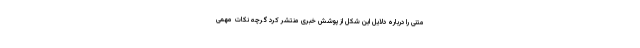
متنی را درباره دلایل این شکل از پوشش خبری منتشر کرد گرچه نکات مهمی